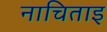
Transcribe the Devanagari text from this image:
नाचिताइ